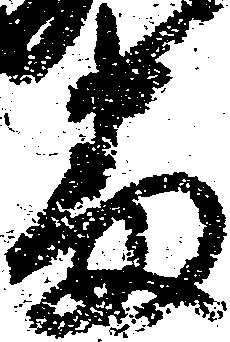
番